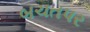
બચતપર